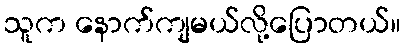
သူက နောက်ကျမယ်လို့ပြောတယ်။